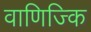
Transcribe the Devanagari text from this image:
वाणिज्कि